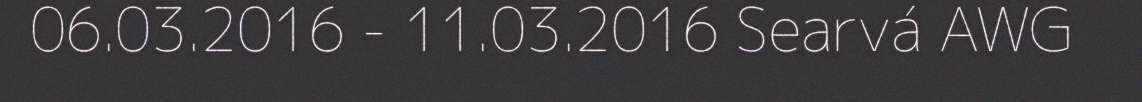
06.03.2016 - 11.03.2016 Searvá AWG